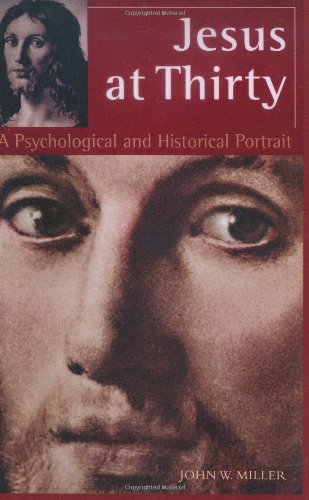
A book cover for Jesus at Thirty: A Psychological and Historical Portrait; John W. Miller; Religion & Spirituality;